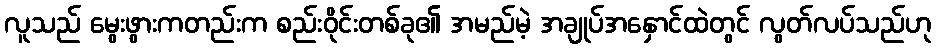
လူသည် မွေးဖွားကတည်းက စည်းဝိုင်းတစ်ခု၏ အမည်မဲ့ အချုပ်အနှောင်ထဲတွင် လွတ်လပ်သည်ဟု